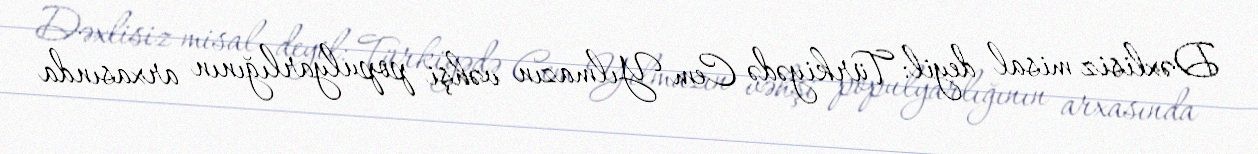
Dəxlisiz misal deyil: Türkiyədə Cem Yılmazın vəhşi populyarlığının arxasında